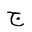
Letter: _gim